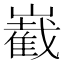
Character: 嶻